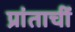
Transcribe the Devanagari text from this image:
प्रांताचीं